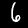
Label: 6